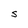
Character: S